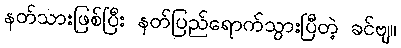
နတ်သားဖြစ်ပြီး နတ်ပြည်ရောက်သွားပြီတဲ့ ခင်ဗျ။